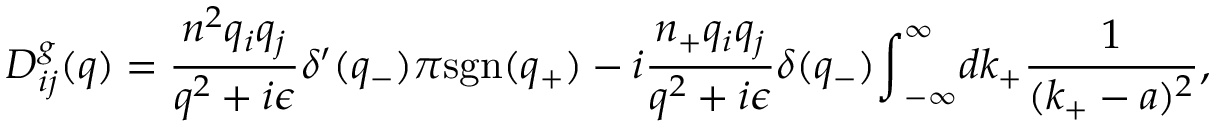
D _ { i j } ^ { g } ( q ) = \frac { n ^ { 2 } q _ { i } q _ { j } } { q ^ { 2 } + i { \epsilon } } { \delta } ^ { \prime } ( q _ { - } ) { \pi } \mathrm { s g n } ( q _ { + } ) - i \frac { n _ { + } q _ { i } q _ { j } } { q ^ { 2 } + i { \epsilon } } { \delta } ( q _ { - } ) { \int } _ { - \infty } ^ { \infty } d k _ { + } \frac { 1 } { ( k _ { + } - a ) ^ { 2 } } ,